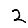
Digit: 2